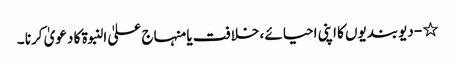
٭ - دیوبندیوں کا اپنی احیائے ، خلافت یا منہاج علیٰ النبوۃ کا دعویٰ کرنا ۔